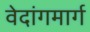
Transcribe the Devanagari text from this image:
वेदांगमार्ग